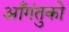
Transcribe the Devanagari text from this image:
आँगंतुको